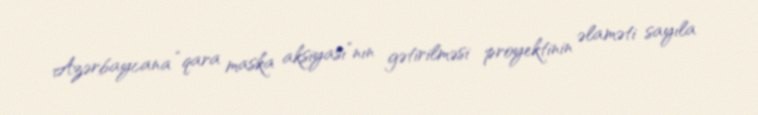
Azərbaycana “qara maska aksiyası”nın gətirilməsi proyektinin əlaməti sayıla